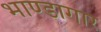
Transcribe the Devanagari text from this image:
भाण्डागार